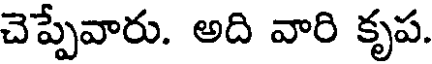
చెప్పేవారు. అది వారి కృప.